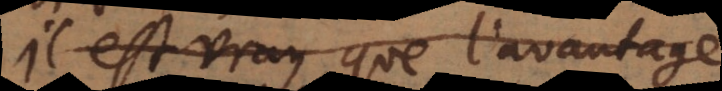
Il est vray que l’avantage